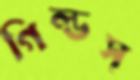
গিল্ডস্